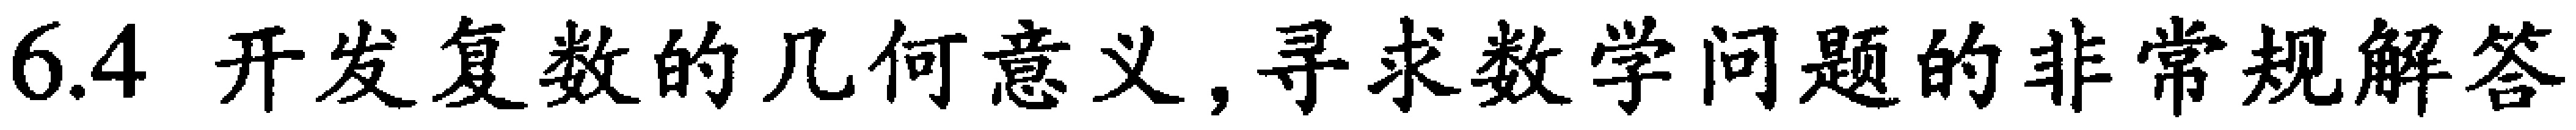
6.4 开发复数的几何意义,寻求数学问题的非常规解答